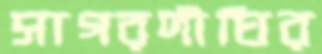
সাগরদীঘির